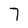
Character: 7